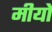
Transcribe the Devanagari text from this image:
मीयो